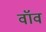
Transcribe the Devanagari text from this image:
वॉव